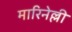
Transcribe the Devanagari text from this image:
मारिनेल्ली